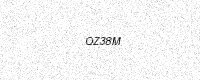
Text: QZ38M